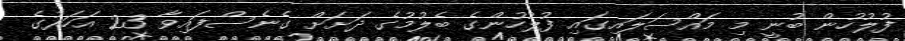
ފުލުހުން ބުނީ މި މައްސަލައިގައި ފުލުހުންގެ ބެލުމުގެ ދަށަށް ގެނެސްފައިވާ 23 އަހަރުގެ